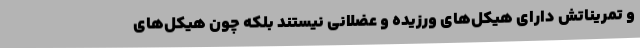
و تمریناتش دارای هیکل‌های ورزیده و عضلانی نیستند بلکه چون هیکل‌های